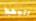
لتجهيز